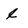
Character: l